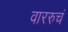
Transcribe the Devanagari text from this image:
वाररुचं